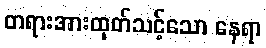
တရားအားထုတ်သင့်သော နေရာ